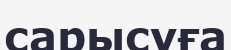
сарысуға